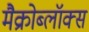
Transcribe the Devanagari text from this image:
मैक्रोब्लॉक्स